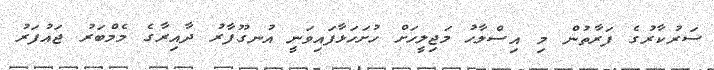
ސަރުކާރުގެ ފަރާތުން މި އިސްލާހު މަޖިލީހަށް ހުށަހަޅާފައިވަނީ އުނގޫފާރު ދާއިރާގެ މެމްބަރު ޖައުފަރު